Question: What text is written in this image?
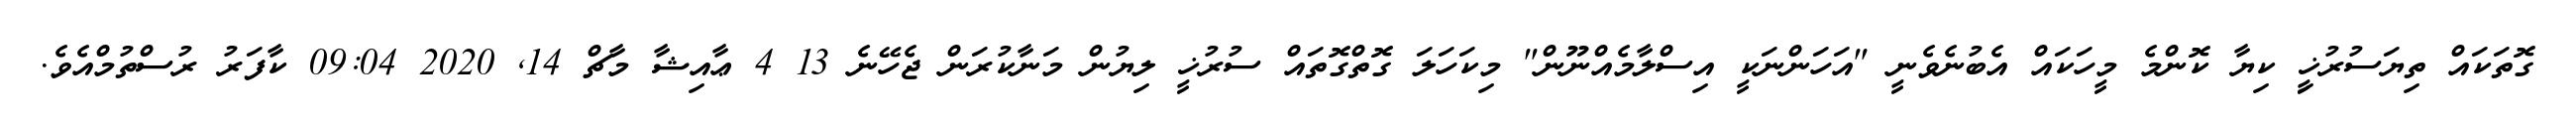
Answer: ގޮތަކައް ތިޔަސުރުޚީި ކިޔާ ކޮންމެ މީހަކައް އެބުނެވެނީ "އަހަންނަކީ އިސްލާމެއްނޫން" މިކަހަލަ ގޮތްގޮތައް ސުރުޚީ ލިޔުން މަނާކުރަން ޖެހޭނެ 13 4 ޢާއިޝާ މާޗް 14, 2020 09:04 ކާފަރު ރުސްތުމްއެވެ.